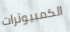
الكمبيوترات